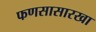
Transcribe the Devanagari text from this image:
फणसासारखा